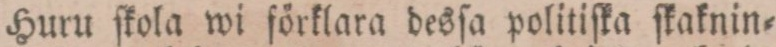
Huru ſkola wi förklara desſa politiſka ſkaknin=